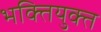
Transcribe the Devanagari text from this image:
भक्तियुक्‍त